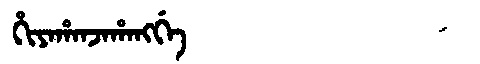
Manchu: ᡥᡳᠶᠠᡥᠠᠨᠵᠠᡥᠠᠩᡤᡝ
Romanization: HIYAHANJAHANGGE